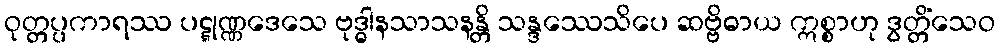
ဝုတ္တပ္ပကာရဿ ပဋ္ဋုဏ္ဏဒေသေ ဗုဒ္ဓါနသာသနန္တိ သန္ဒဿေသိပေ ဆဗ္ဗိဓာယ ဣစ္စာဟု ဒွတ္တိံသေဝ